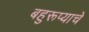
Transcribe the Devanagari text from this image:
बहुरूप्याचे